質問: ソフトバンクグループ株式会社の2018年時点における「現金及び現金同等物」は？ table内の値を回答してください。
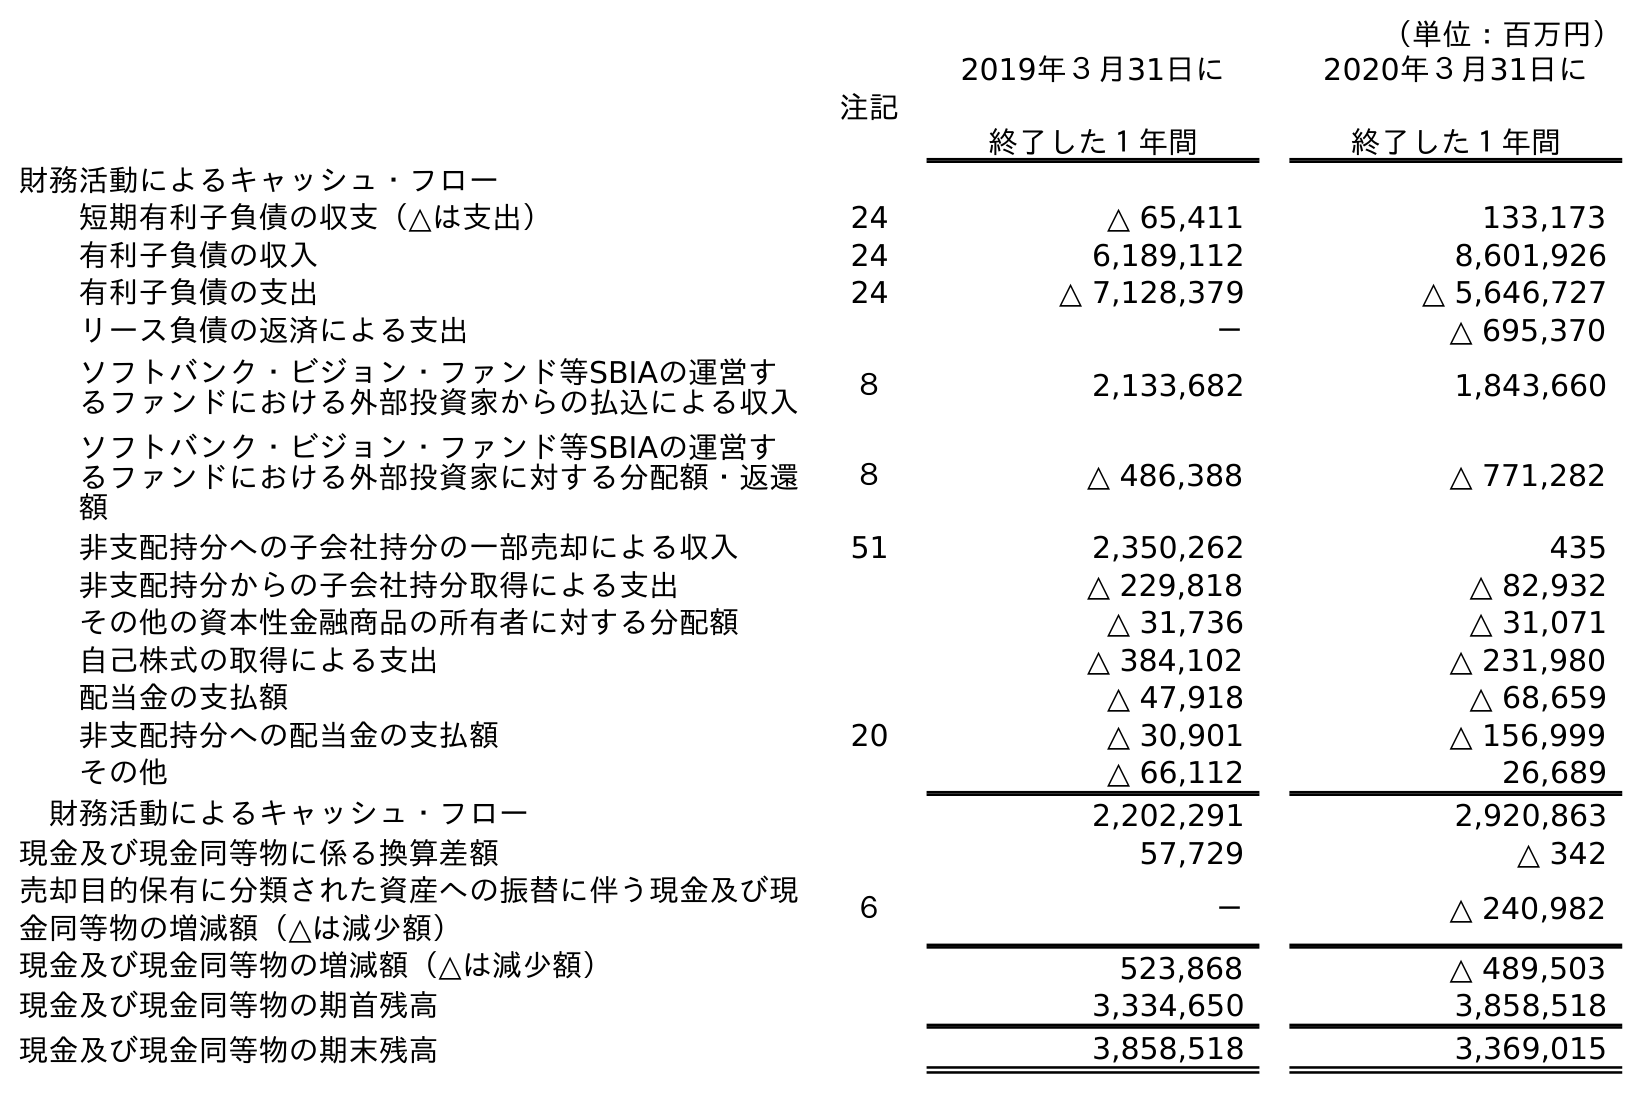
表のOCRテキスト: （単位：百万円） 注記 2019年３月31日に 終了した１年間 2020年３月31日に 終了した１年間 財務活動によるキャッシュ・フロー 短期有利子負債の収支（△は支出） 24 △ 65,411 133,173 有利子負債の収入 24 6,189,112 8,601,926 有利子負債の支出 24 △ 7,128,379 △ 5,646,727 リース負債の返済による支出 － △ 695,370 ソフトバンク・ビジョン・ファンド等SBIAの運営す るファンドにおける外部投資家からの払込による収入 ８ 2,133,682 1,843,660 ソフトバンク・ビジョン・ファンド等SBIAの運営す るファンドにおける外部投資家に対する分配額・返還 額 ８ △ 486,388 △ 771,282 非支配持分への子会社持分の一部売却による収入 51 2,350,262 435 非支配持分からの子会社持分取得による支出 △ 229,818 △ 82,932 その他の資本性金融商品の所有者に対する分配額 △ 31,736 △ 31,071 自己株式の取得による支出 △ 384,102 △ 231,980 配当金の支払額 △ 47,918 △ 68,659 非支配持分への配当金の支払額 20 △ 30,901 △ 156,999 その他 △ 66,112 26,689 財務活動によるキャッシュ・フロー 2,202,291 2,920,863 現金及び現金同等物に係る換算差額 57,729 △ 342 売却目的保有に分類された資産への振替に伴う現金及び現 金同等物の増減額（△は減少額） ６ － △ 240,982 現金及び現金同等物の増減額（△は減少額） 523,868 △ 489,503 現金及び現金同等物の期首残高 3,334,650 3,858,518 現金及び現金同等物の期末残高 3,858,518 3,369,015
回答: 3,334,650